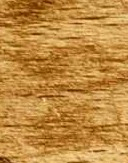
صيدلية النخيل